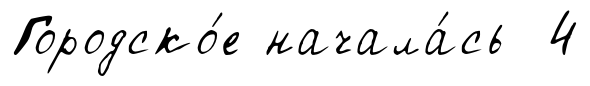
Городско́е начала́сь 4